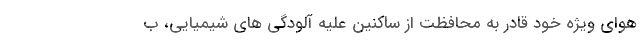
هوای ویژه خود قادر به محافظت از ساکنین علیه آلودگی های شیمیایی، ب